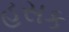
હસક